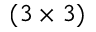
( 3 \times 3 )